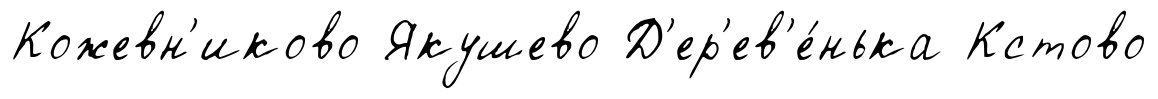
Кожевн'иково Якушево Д'ер'ев'е́нька Кстово